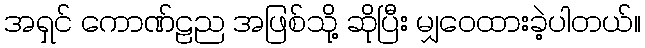
အရှင် ကောဏ်ဠည အဖြစ်သို့ ဆိုပြီး မျှဝေထားခဲ့ပါတယ်။